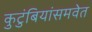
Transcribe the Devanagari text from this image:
कुटुंबियांसमवेत